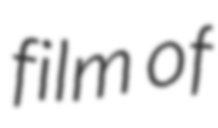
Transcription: film of